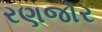
રણજોર